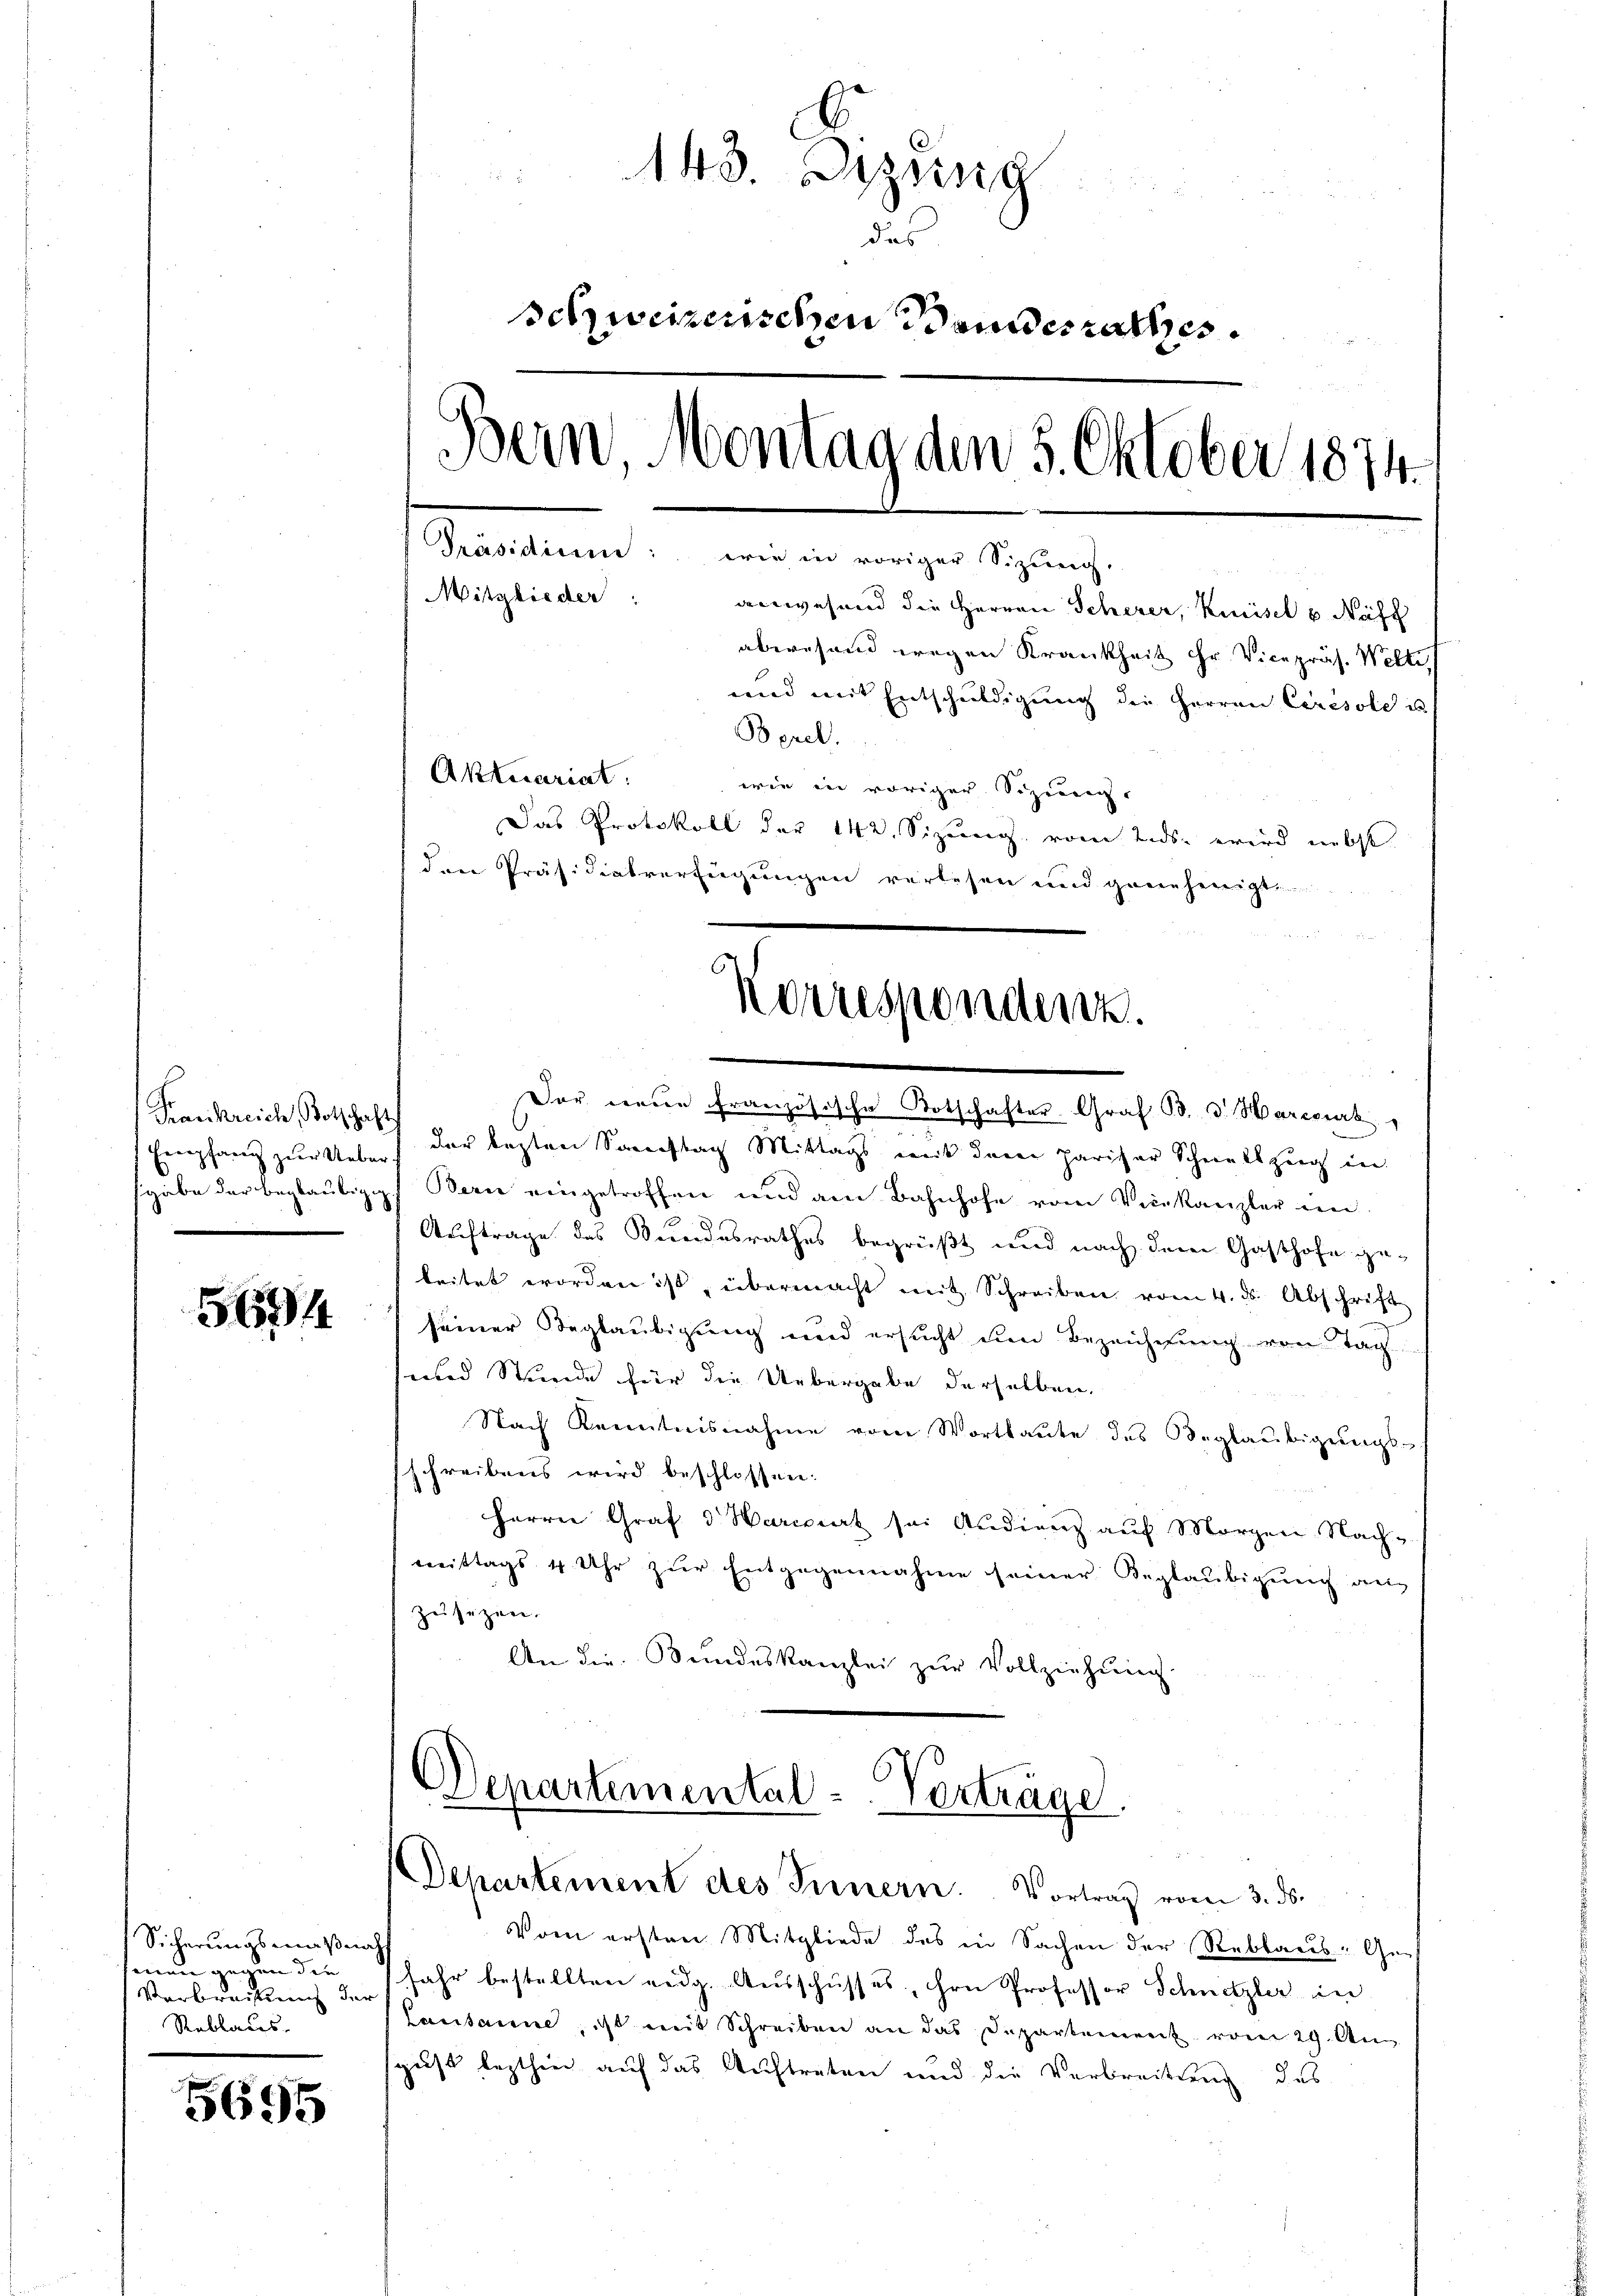
Eempfang zur Ueber¬

5694

Sicherungsmaß nach
sman gegen die
Verbrechtung der
Reblaus-

5695

143. Diezing
das
schweizerischen Bandesrathes.
Bern, Montag den 5. Oktober 1874.
Präsidium: wie in voriger Sizung.
Mitglieder
anwesend die Herren Scherer, Kisel u. Neff
abwesend wegen Krankheit ihr Vicepräs. Welti,
und mit Entschuldigung die Herren Ceresole u
Borel.
Aktuariat
wie in voriger Sizeung.
Das Protokoll der 142. Sizung vom Ends. wird nebst
den Präsidiatverfügungen verlesen und geneherigte

Korrespondenz.

Frankreich, Botschaft der lezten Samstag Mittags mit dem pariser Schnellzŭg in
sgabe der beglaubigg. Bern eingetroffen und am Bahnhofe vom Verkanzler ein
Auftrage des Bundesrathes begrüßt und nach dem Gasthofe geleitet worden ist, übermacht mit Schreiben vom 4. ds. Abschrift
seiner Beglaubigung und ersucht ein Bezeichnung von Tag
sind Stunde für die Uebergabe derselben.
Nach Kenntnisnahme vom Wortlaute des Beglaubigungs-
schreibens wird beschlossen:
Herrn Graf d Mariert sei Audienz auf Morgen Nach-
mittags 4 Uhr zŭr Entgegennahme seiner Beglaubigung an
zŭsetzen.
An die Bundeskanzlei zur Vollziehung

Departemental-Verträge.
Departement des Innern. Vortrag vom 3. ds.

Der eine Französische Botschafter Graf B. d. Marcart,

Vom ersten Mitgliede des in Sachen der Reblaus: Ge-
Jahr bestellten eidg. Ausschusses, ihre Professor Schnetzler in
Lausanne, ist mit Schreiben an das Departement vom 29. Au
sgust lezthin auf das Auftreten und die Verbreitung des